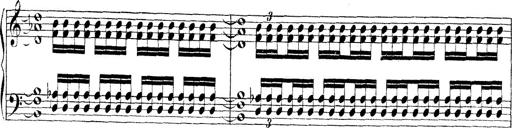
Title: Technische Studien
Composer: Franz Liszt